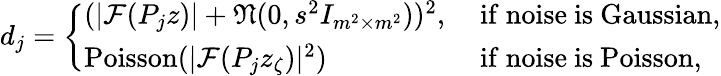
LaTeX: \begin{array}{r}{d_{j}=\left\{ \begin{array}{ll}{(|\mathcal{F}(P_{j}z)|+\mathfrak{N}(0,s^{2}I_{m^{2}\times m^{2}}))^{2},}&{\mathrm{~if~noise~is~Gaussian},}\\ {\mathrm{Poisson}(|\mathcal{F}(P_{j}z_{\zeta})|^{2})}&{\mathrm{~if~noise~is~Poisson,}}\end{array}\right.}\end{array}